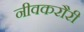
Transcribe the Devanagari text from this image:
नीवकरौरी